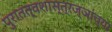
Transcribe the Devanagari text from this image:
पुरातत्वशास्त्रज्ञांच्या